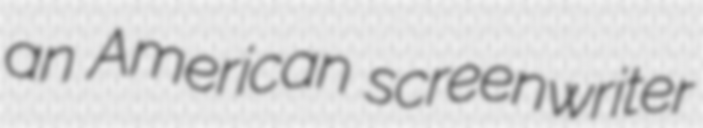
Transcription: an American screenwriter